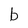
Character: b